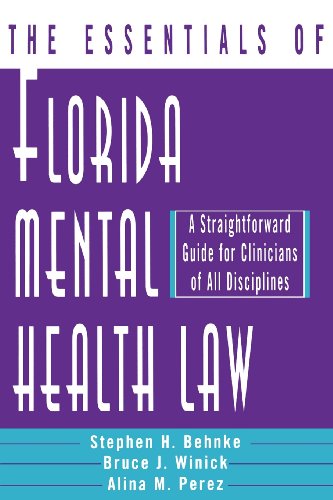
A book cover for The Essentials of Florida Mental Health Law: A Straightforward Guide for Clinicians of All Disciplines (Norton Professional Books); Stephen H. Behnke; Law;